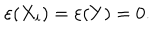
\varepsilon ( X _ { i } ) = \varepsilon ( Y ) = 0 .